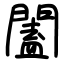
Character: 闔